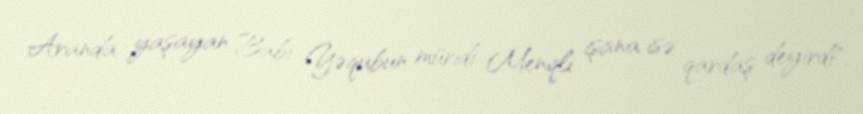
Aranda yaşayan Babi Yəqubun müridi Menqli işana isə qardaş deyirdi".